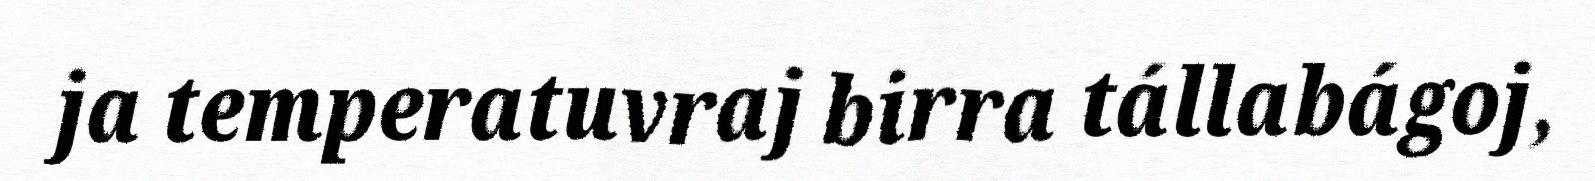
ja temperatuvraj birra tállabágoj,